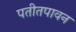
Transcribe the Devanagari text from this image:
पतीतपावन